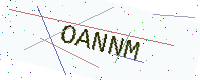
Text: OANNM